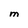
Character: M